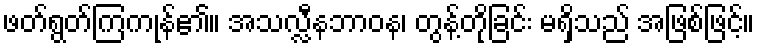
ဖတ်ရွတ်ကြကုန်၏။ အသလ္လီနဘာဝန၊ တွန့်တိုခြင်း မရှိသည် အဖြစ်ဖြင့်။